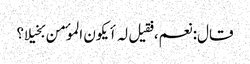
قال: نعم، فقیل لہ أیکون الموٴمن بخیلا؟